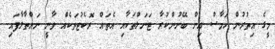
މީގެ އިތުރުން ހަމާސް އިން ބޭނުންކުރާ ޓަނަލްތަކާއި އެތައް ރޮކެޓުތަކެއް ވާނީ ނައްތާލާފައި